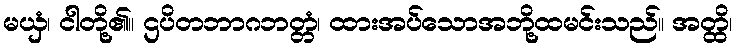
မယှံ၊ ငါတို့၏။ ဌပိတဘာဂဘတ္တံ၊ ထားအပ်သောအဘို့ထမင်းသည်။ အတ္ထိ၊